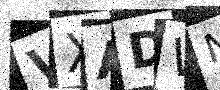
Text: VXADWN